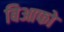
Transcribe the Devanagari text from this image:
बिआफो